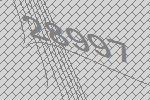
28997